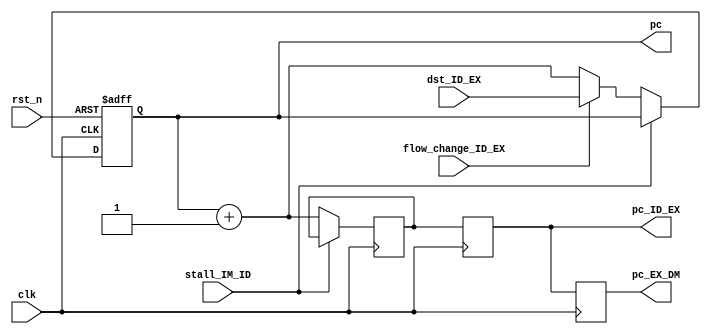
module pc(clk,rst_n,stall_IM_ID,dst_ID_EX,
          pc,pc_ID_EX,flow_change_ID_EX,pc_EX_DM);
////////////////////////////////////////////////////////////////////////////\
// This module implements the program counter logic. It normally increments \\
// the PC by 1, but when a branch is taken will add the 9-bit immediate      \\
// field to the PC+1.  In case of a jmp_imm it will add the 12-bit immediate //
// field to the PC+1.  In the case of a jmp_reg it will use the register    //
// port zero (p0) register access as the new value of the PC.  It also     //
// provides PC+1 as nxt_pc for JAL instructions.                          //
///////////////////////////////////////////////////////////////////////////
input clk,rst_n;
input flow_change_ID_EX;			// asserted from branch boolean on jump or taken branch
input stall_IM_ID;					// asserted if we need to stall the pipe
input [15:0] dst_ID_EX;				// branch target address comes in on this bus

output [15:0] pc;					// the PC, forms address to instruction memory
output reg [15:0] pc_ID_EX;			// needed in EX stage for Branch instruction
output reg [15:0] pc_EX_DM;			// needed in dst_mux for JAL instruction

reg [15:0] pc,pc_IM_ID;

wire [15:0] nxt_pc;

/////////////////////////////////////
// implement incrementer for PC+1 //
///////////////////////////////////
assign nxt_pc = pc + 1;

////////////////////////////////
// Implement the PC register //
//////////////////////////////
always @(posedge clk, negedge rst_n)
  if (!rst_n)
    pc <= 16'h0000;
  else if (!stall_IM_ID)	// all stalls stall the PC
    if (flow_change_ID_EX)
      pc <= dst_ID_EX;
    else
	  pc <= nxt_pc;
	  
////////////////////////////////////////////////
// Implement the PC pipelined register IM_ID //
//////////////////////////////////////////////
always @(posedge clk)
  if (!stall_IM_ID)
    pc_IM_ID <= nxt_pc;		// pipeline PC points to next instruction
	
////////////////////////////////////////////////
// Implement the PC pipelined register ID_EX //
//////////////////////////////////////////////
always @(posedge clk)
  pc_ID_EX <= pc_IM_ID;	// pipeline it down to EX stage for jumps
	
////////////////////////////////////////////////
// Implement the PC pipelined register EX_DM //
//////////////////////////////////////////////
always @(posedge clk)
  pc_EX_DM <= pc_ID_EX;	// pipeline it down to DM stage for saved register for JAL

endmodule